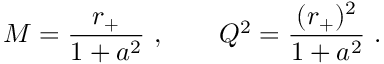
M = { \frac { r _ { + } } { 1 + a ^ { 2 } } } \ , \qquad Q ^ { 2 } = { \frac { ( r _ { + } ) ^ { 2 } } { 1 + a ^ { 2 } } } \ .